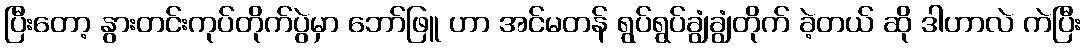
ပြီးတော့ နွားတင်းကုပ်တိုက်ပွဲမှာ ဘော်ဖြူ ဟာ အင်မတန် ရွပ်ရွပ်ချွံချွံတိုက် ခဲ့တယ် ဆို ဒါဟာလဲ ကဲပြီး